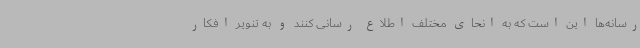
رسانه‌ها این است که به انحای مختلف اطلاع رسانی کنند و به تنویر افکار